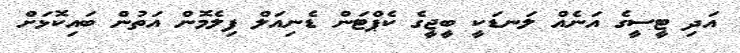
އަދި ޓީސީގެ އަނެއް ލަނޑަކީ ބީޖީގެ ކެޕްޓަން ޑެނިއަލް ފިލެމޮން އަތުން ބައިކޮޅަށް